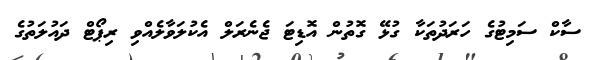
ސާކް ސަމިޓުގެ ހަރަދުތަކާ ގުޅޭ ގޮތުން އޮޑިޓަ ޖެނެރަލް އެކުލަވާލެއްވި ރިޕޯޓް ދައުލަތުގެ